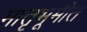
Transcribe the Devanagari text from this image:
मातृभूमीत